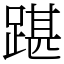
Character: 踸